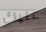
عليك